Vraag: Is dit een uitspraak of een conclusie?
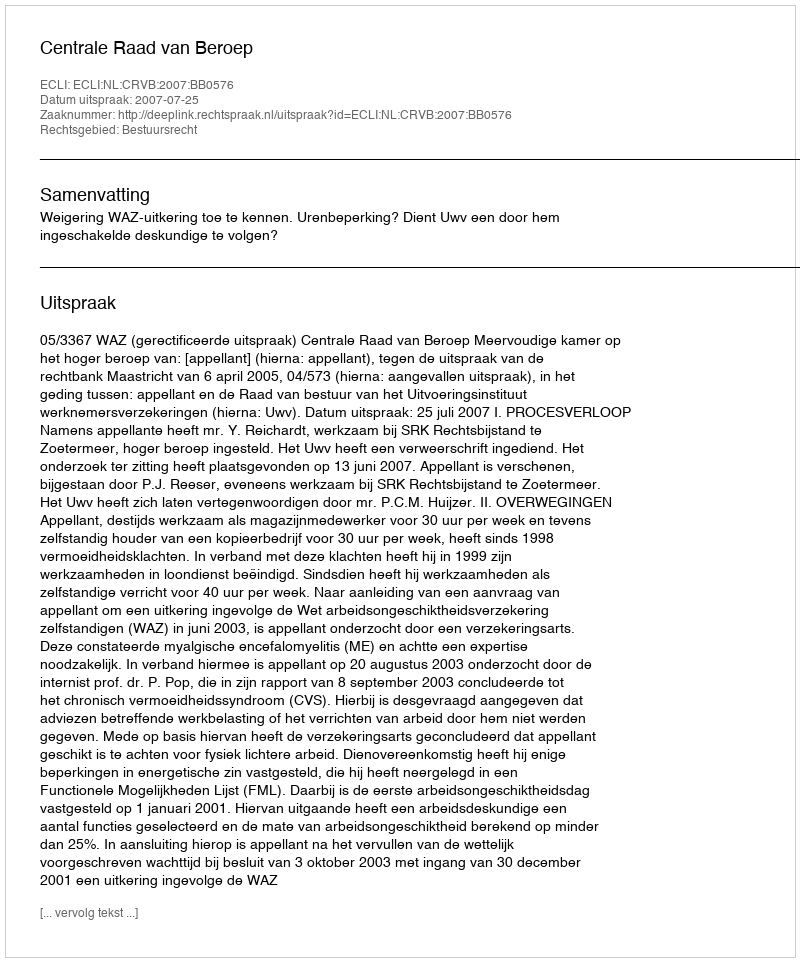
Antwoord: Uitspraak